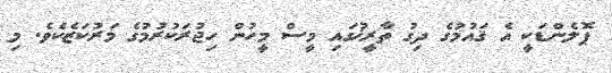
ޕޮލެންޑަކީ އެ ޤައުމުގެ ދިގު ތާރީޚުގައި މީސް މީހުން ހިޖުރަކުރުމުގެ މަރުކަޒެކެވެ. މި